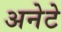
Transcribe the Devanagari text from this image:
अनेटे